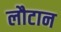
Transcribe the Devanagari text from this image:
लौटान